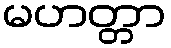
မဟတ္တာ